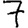
Digit: 7